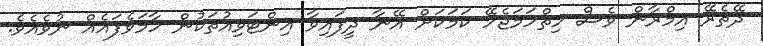
ދޭތެރޭ އިމްރާން ވެސް ހިތްހަމަޖެހޭ ކަމަކަށް އޭނާ ދީފައިވާ އިންޓަވިއުތަކުން ހާމަވެފައެއް ނުވެއެވެ.